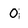
Character: 0